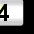
Digit: 3